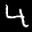
Label: 4